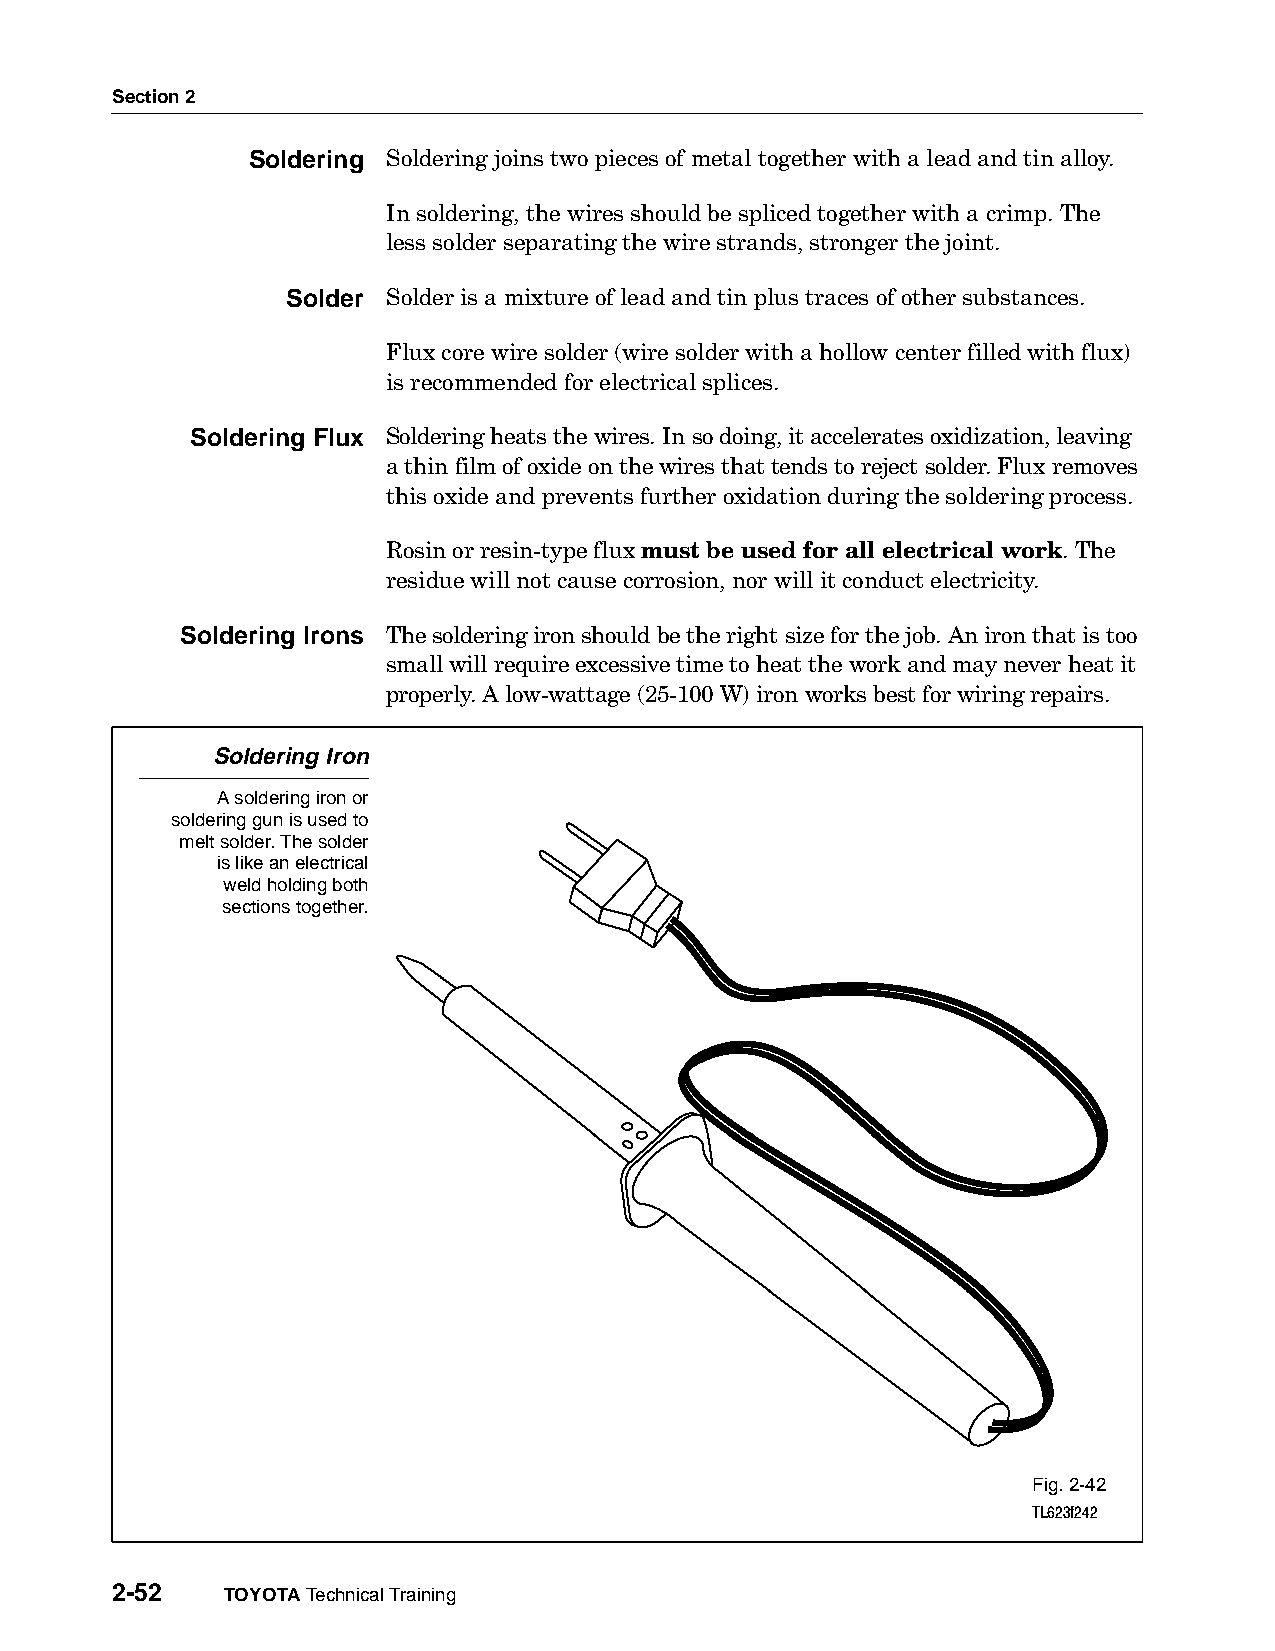
Section 2
 Soldering Soldering joins two pieces of metal together with a lead and tin alloy.
 In soldering, the wires should be spliced together with a crimp. The
 less solder separating the wire strands, stronger the joint.
 Solder Solder is a mixture of lead and tin plus traces of other substances.
 Flux core wire solder (wire solder with a hollow center filled with flux)
 is recommended for electrical splices.
 Soldering Flux Soldering heats the wires. In so doing, it accelerates oxidization, leaving
 a thin film of oxide on the wires that tends to reject solder. Flux removes
 this oxide and prevents further oxidation during the soldering process.
 Rosin or resin-type flux must be used for all electrical work. The
 residue will not cause corrosion, nor will it conduct electricity.
 Soldering Irons The soldering iron should be the right size for the job. An iron that is too
 small will require excessive time to heat the work and may never heat it
 properly. A low-wattage (25-100 W) iron works best for wiring repairs.
 Soldering Iron
 A soldering iron or
 soldering gun is used to
 melt solder. The solder
 is like an electrical
 weld holding both
 sections together.
 Fig. 2-42
 TL623f242
 2-52    TOYOTA Technical Training